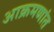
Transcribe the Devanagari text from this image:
आक्रमणांत